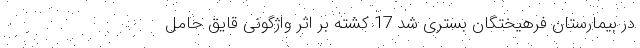
در بیمارستان فرهیختگان بستری شد 17 کشته بر اثر واژگونی قایق حامل